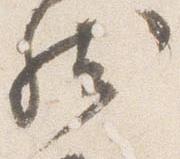
然